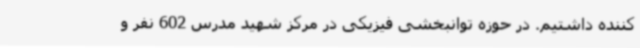
کننده داشتیم. در حوزه توانبخشی فیزیکی در مرکز شهید مدرس 602 نفر و